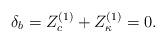
LaTeX: \begin{align*}\delta_b =Z_c^{(1)}+Z_\kappa^{(1)} =0.\end{align*}